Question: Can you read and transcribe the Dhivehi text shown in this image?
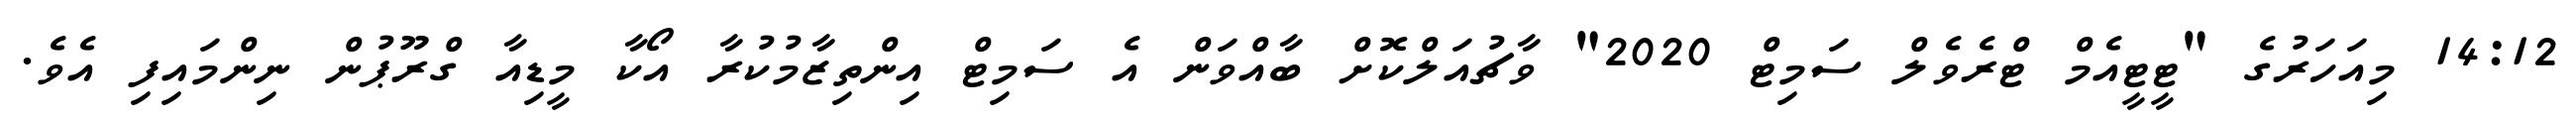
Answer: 14:12 މިއަހަރުގެ "ޓީޓީއެމް ޓްރެވެލް ސަމިޓް 2020" ވާޗުއަލްކޮށް ބާއްވަން އެ ސަމިޓް އިންތިޒާމުކުރާ އޯކާ މީޑިއާ ގްރޫޕުން ނިންމައިފި އެވެ.